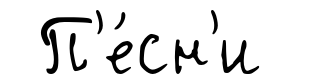
П'е́сн'и